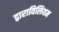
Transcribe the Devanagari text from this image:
द्वाराविलियम